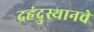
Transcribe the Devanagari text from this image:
द्रहंदुस्थानचे